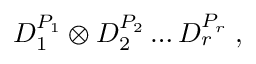
D _ { 1 } ^ { P _ { 1 } } \otimes D _ { 2 } ^ { P _ { 2 } } \ldots D _ { r } ^ { P _ { r } } \; ,